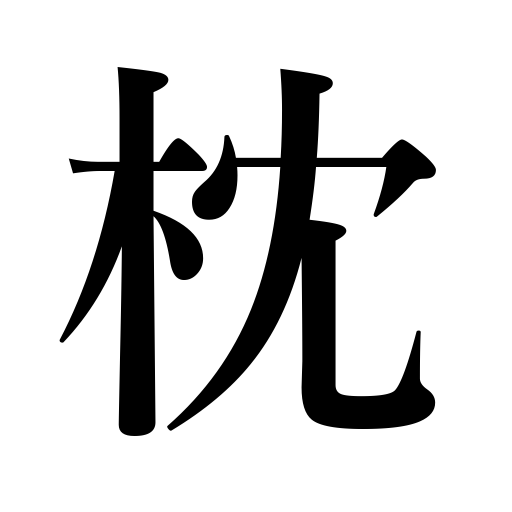
Meanings: pillow